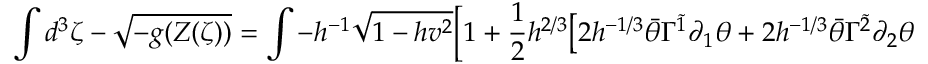
\int d ^ { 3 } \zeta - \sqrt { - g ( Z ( \zeta ) ) } = \int - h ^ { - 1 } \sqrt { 1 - h v ^ { 2 } } \Big [ 1 + \frac { 1 } { 2 } h ^ { 2 / 3 } \big [ 2 h ^ { - 1 / 3 } \bar { \theta } \Gamma ^ { \tilde { 1 } } \partial _ { 1 } \theta + 2 h ^ { - 1 / 3 } \bar { \theta } \Gamma ^ { \tilde { 2 } } \partial _ { 2 } \theta